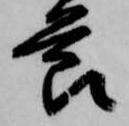
節